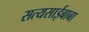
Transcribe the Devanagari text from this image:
सत्यसाईबाबा